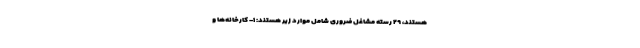
هستند، ۲۹ رسته مشاغل ضروری شامل موارد زیر هستند: ۱- کارخانه‌ها و